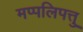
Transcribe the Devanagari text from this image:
मप्पलिपत्तु